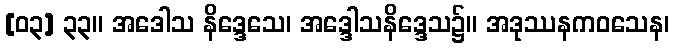
[၀၃] ၃၃။ အဒေါသ နိဒ္ဒေသေ၊ အဒ္ဒေါသနိဒ္ဒေသ၌။ အဒုဿနကဝသေန၊